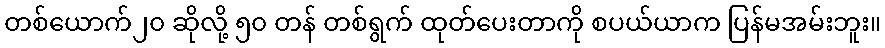
တစ်ယောက်၂၀ ဆိုလို့ ၅၀ တန် တစ်ရွက် ထုတ်ပေးတာကို စပယ်ယာက ပြန်မအမ်းဘူး။